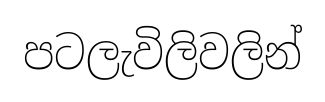
පටලැවිලිවලින්